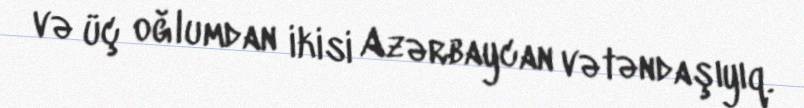
və üç oğlumdan ikisi Azərbaycan vətəndaşıyıq.